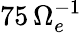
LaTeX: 75\, \Omega_{e}^{-1}